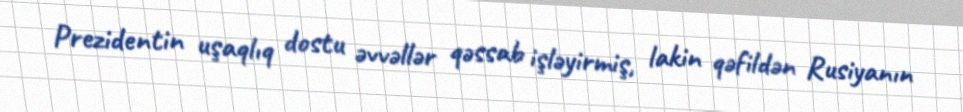
Prezidentin uşaqlıq dostu əvvəllər qəssab işləyirmiş, lakin qəfildən Rusiyanın